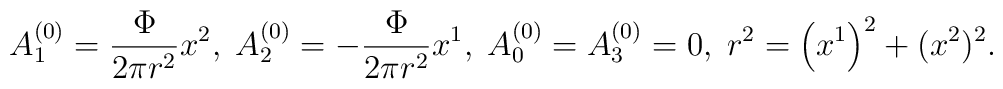
A_{1}^{\left( 0\right) }={\frac{{\Phi }}{{2\pi r^{2}}}}x^{2},\;A_{2}^{\left(0\right) }=-{\frac{{\Phi }}{{2\pi r^{2}}}}x^{1},\;A_{0}^{\left( 0\right)}=A_{3}^{\left( 0\right) }=0,\;r^{2}=\left( x^{1}\right) ^{2}+(x^{2})^{2}.